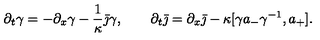
\partial _ { t } \gamma = - \partial _ { x } \gamma - \frac { 1 } { \kappa } \bar { \jmath } \gamma , \qquad \partial _ { t } \bar { \jmath } = \partial _ { x } \bar { \jmath } - \kappa [ \gamma a _ { - } \gamma ^ { - 1 } , a _ { + } ] .